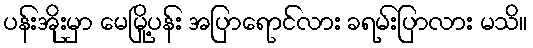
ပန်းအိုးမှာ မေမြို့ပန်း အပြာရောင်လား ခရမ်းပြာလား မသိ။